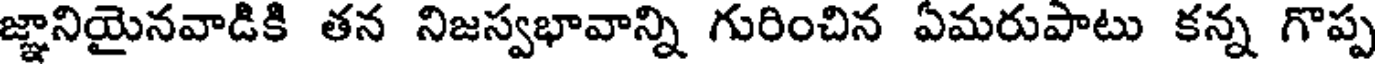
జ్ఞానియైనవాడికి తన నిజస్వభావాన్ని గురించిన ఏమరుపాటు కన్న గొప్ప